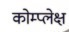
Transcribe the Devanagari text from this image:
कोम्प्लेक्ष